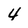
Character: 4